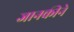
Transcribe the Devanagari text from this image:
जानकीने